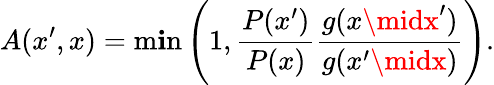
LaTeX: A(x^{\prime},x)=\operatorname*{m\mathbf{i}n}\left(1,{\frac{{P(x^{\prime})}}{{P(x)}}}{\frac{{g(x\midx^{\prime})}}{{g(x^{\prime}\midx)}}}\right).